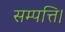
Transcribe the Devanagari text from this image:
सम्पत्ति।